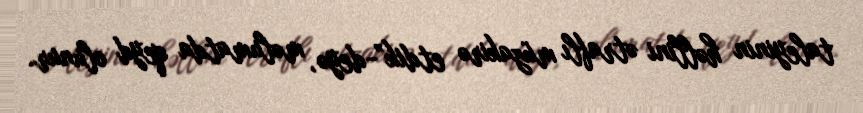
taleyinin həllini ətraflı müzakirə etdik”-deyə, məlumatda qeyd olunur.